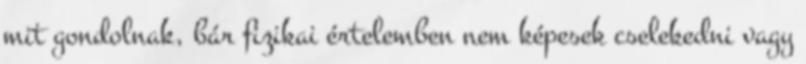
mit gondolnak, bár fizikai értelemben nem képesek cselekedni vagy